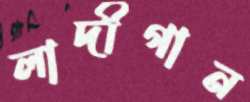
লাদীগান